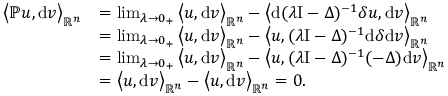
\begin{array} { r l } { \big \langle { \mathbb { P } } u , \mathrm { d } v \big \rangle _ { \mathbb { R } ^ { n } } } & { = \operatorname* { l i m } _ { \lambda \rightarrow 0 _ { + } } \big \langle u , \mathrm { d } v \big \rangle _ { \mathbb { R } ^ { n } } - \big \langle \mathrm { d } ( \lambda \mathrm { I } - \Delta ) ^ { - 1 } \delta u , \mathrm { d } v \big \rangle _ { \mathbb { R } ^ { n } } } \\ & { = \operatorname* { l i m } _ { \lambda \rightarrow 0 _ { + } } \big \langle u , \mathrm { d } v \big \rangle _ { \mathbb { R } ^ { n } } - \big \langle u , ( \lambda \mathrm { I } - \Delta ) ^ { - 1 } \mathrm { d } \delta \mathrm { d } v \big \rangle _ { \mathbb { R } ^ { n } } } \\ & { = \operatorname* { l i m } _ { \lambda \rightarrow 0 _ { + } } \big \langle u , \mathrm { d } v \big \rangle _ { \mathbb { R } ^ { n } } - \big \langle u , ( \lambda \mathrm { I } - \Delta ) ^ { - 1 } ( - \Delta ) \mathrm { d } v \big \rangle _ { \mathbb { R } ^ { n } } } \\ & { = \big \langle u , \mathrm { d } v \big \rangle _ { \mathbb { R } ^ { n } } - \big \langle u , \mathrm { d } v \big \rangle _ { \mathbb { R } ^ { n } } = 0 \mathrm { . ~ } } \end{array}